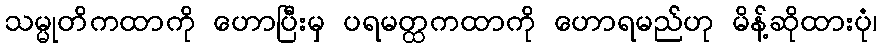
သမ္မုတိကထာကို ဟောပြီးမှ ပရမတ္ထကထာကို ဟောရမည်ဟု မိန့်ဆိုထားပုံ၊